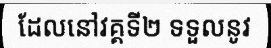
ដែលនៅវគ្គទី២ ទទួលនូវ